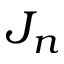
J _ { n }